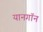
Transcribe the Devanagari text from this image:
यानगॉन